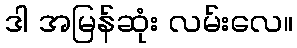
ဒါ အမြန်ဆုံး လမ်းလေ။